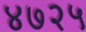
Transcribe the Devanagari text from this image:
४७२५